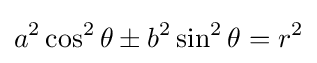
{a^{2}}\cos ^{2}\theta \pm {b^{2}}\sin ^{2}\theta =r^{2}